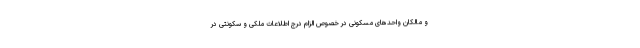
و مالکان واحدهای مسکونی در خصوص الزام درج اطلاعات ملکی و سکونتی در